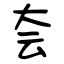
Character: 夽